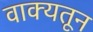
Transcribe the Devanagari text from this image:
वाक्यतून